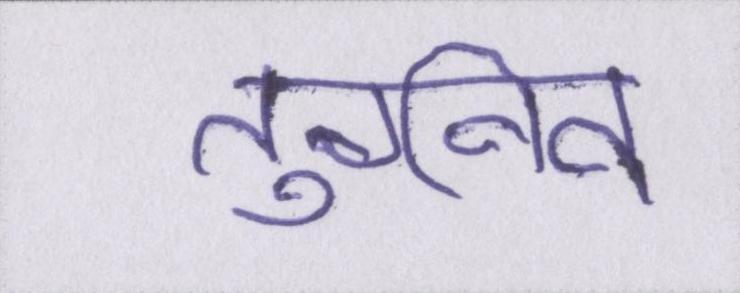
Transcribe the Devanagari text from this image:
तुर्गनेव